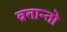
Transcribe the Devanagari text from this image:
व्रतान्तो